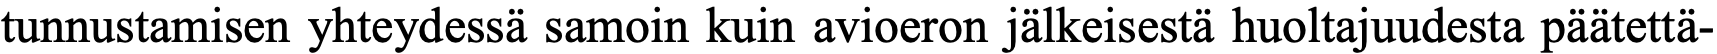
tunnustamisen yhteydessä samoin kuin avioeron jälkeisestä huoltajuudesta päätettä-